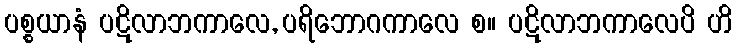
ပစ္စယာနံ ပဋိလာဘကာလေ, ပရိဘောဂကာလေ စ။ ပဋိလာဘကာလေပိ ဟိ